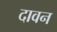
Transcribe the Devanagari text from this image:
दावन